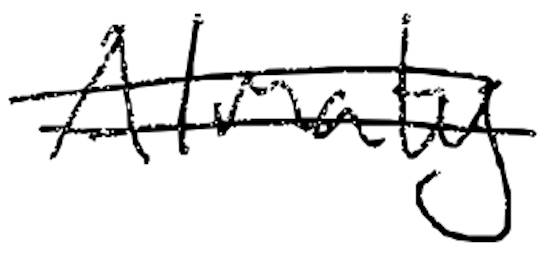
Text: Almaty
Cross-out: double-line
Writing tool: digital_black